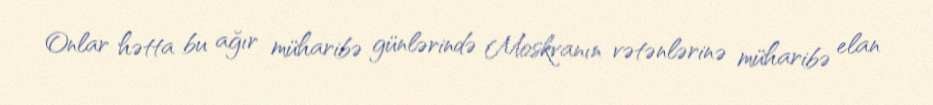
Onlar hətta bu ağır müharibə günlərində Moskvanın vətənlərinə müharibə elan